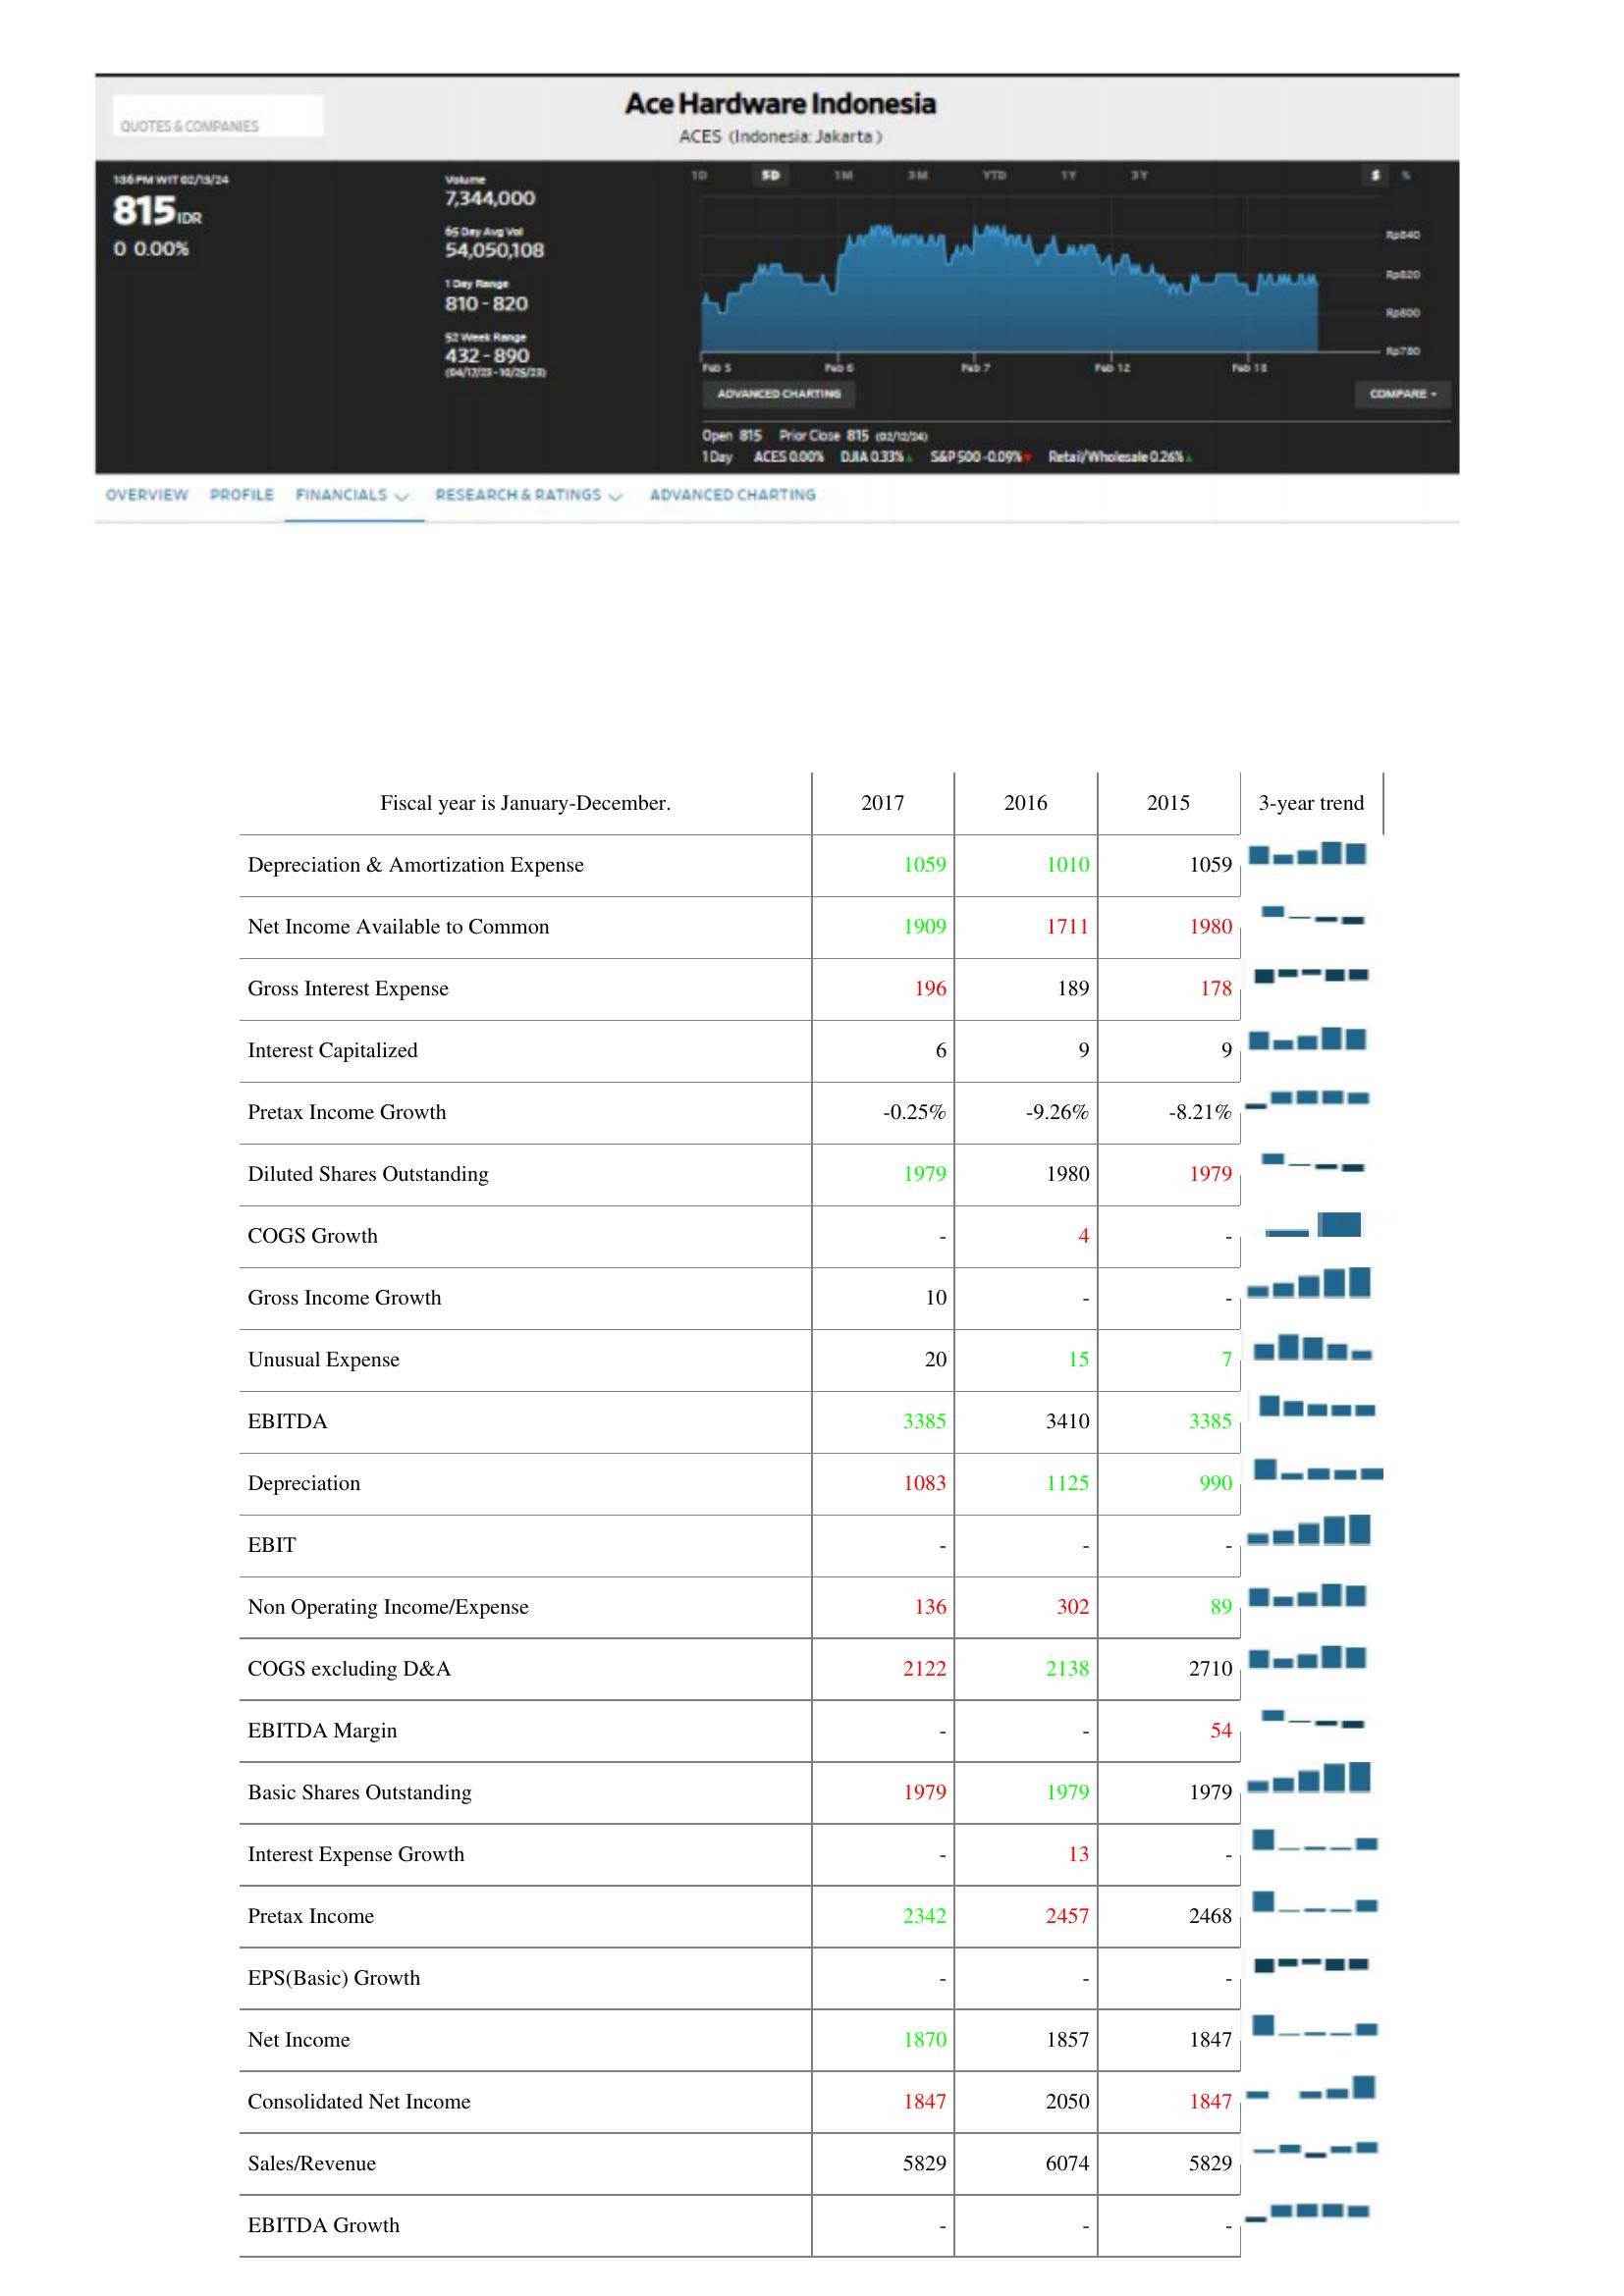
2017: : Depreciation & Amortization Expense: 1059
Net Income Available to Common: 1909
Gross Interest Expense: 196
Interest Capitalized: 6
Pretax Income Growth: -0.25%
Diluted Shares Outstanding: 1979
COGS Growth: -
Gross Income Growth: 10
Unusual Expense: 20
EBITDA: 3385
Depreciation: 1083
EBIT: -
Non Operating Income/Expense: 136
COGS excluding D&A: 2122
EBITDA Margin: -
Basic Shares Outstanding: 1979
Interest Expense Growth: -
Pretax Income: 2342
EPS(Basic) Growth: -
Net Income: 1870
Consolidated Net Income: 1847
Sales/Revenue: 5829
EBITDA Growth: -
2016: : Depreciation & Amortization Expense: 1010
Net Income Available to Common: 1711
Gross Interest Expense: 189
Interest Capitalized: 9
Pretax Income Growth: -9.26%
Diluted Shares Outstanding: 1980
COGS Growth: 4
Gross Income Growth: -
Unusual Expense: 15
EBITDA: 3410
Depreciation: 1125
EBIT: -
Non Operating Income/Expense: 302
COGS excluding D&A: 2138
EBITDA Margin: -
Basic Shares Outstanding: 1979
Interest Expense Growth: 13
Pretax Income: 2457
EPS(Basic) Growth: -
Net Income: 1857
Consolidated Net Income: 2050
Sales/Revenue: 6074
EBITDA Growth: -
2015: : Depreciation & Amortization Expense: 1059
Net Income Available to Common: 1980
Gross Interest Expense: 178
Interest Capitalized: 9
Pretax Income Growth: -8.21%
Diluted Shares Outstanding: 1979
COGS Growth: -
Gross Income Growth: -
Unusual Expense: 7
EBITDA: 3385
Depreciation: 990
EBIT: -
Non Operating Income/Expense: 89
COGS excluding D&A: 2710
EBITDA Margin: 54
Basic Shares Outstanding: 1979
Interest Expense Growth: -
Pretax Income: 2468
EPS(Basic) Growth: -
Net Income: 1847
Consolidated Net Income: 1847
Sales/Revenue: 5829
EBITDA Growth: -